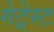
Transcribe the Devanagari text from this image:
गेट्रेस्ट